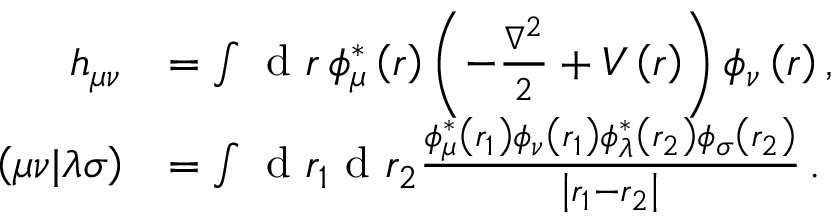
\begin{array} { r l } { h _ { \mu \nu } } & { = \int \textrm { d } r \, \phi _ { \mu } ^ { * } \left( r \right) \left( - \frac { \nabla ^ { 2 } } { 2 } + V \left( r \right) \right) \phi _ { \nu } \left( r \right) , } \\ { \left( \mu \nu | \lambda \sigma \right) } & { = \int \textrm { d } r _ { 1 } \textrm { d } r _ { 2 } \frac { \phi _ { \mu } ^ { * } \left( r _ { 1 } \right) \phi _ { \nu } \left( r _ { 1 } \right) \phi _ { \lambda } ^ { * } \left( r _ { 2 } \right) \phi _ { \sigma } \left( r _ { 2 } \right) } { \left| r _ { 1 } - r _ { 2 } \right| } \, . } \end{array}